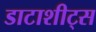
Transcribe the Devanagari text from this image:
डाटाशीट्स